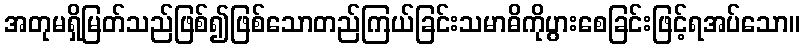
အတုမရှိမြတ်သည်ဖြစ်၍ဖြစ်သောတည်ကြယ်ခြင်းသမာဓိကိုပွားစေခြင်းဖြင့်ရအပ်သော။